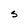
Character: S